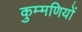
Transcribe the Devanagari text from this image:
कुम्मणियों